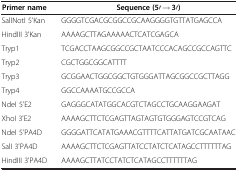
| Primer name | Sequence (5′ → 3′) |
 | --- | --- |
 | SalINotI 5'Kan | GGGGTCGACGCGGCCGCAAGGGGTGTTATGAGCCA |
 | HindIII 3'Kan | AAAAGCTTAGAAAAACTCATCGAGCA |
 | Tryp1 | TCGACCTAAGCGGCCGCTAATCCCACAGCCGCCAGTTC |
 | Tryp2 | CGCTGGCGGCATTTT |
 | Tryp3 | GCGGAACTGGCGGCTGTGGGATTAGCGGCCGCTTAGG |
 | Tryp4 | GGCCAAAATGCCGCCA |
 | NdeI 5'E2 | GAGGGCATATGGCACGTCTAGCCTGCAAGGAAGAT |
 | XhoI 3'E2 | AAAAGCTTCTCGAGTTAGTAGTGTGGGAGTCCGTCAG |
 | NdeI 5'PA4D | GGGGATTCATATGAAACGTTTTCATTATGATCGCAATAAC |
 | SalI 3'PA4D | AAAAGCTTCTCGAGTTATCCTATCTCATAGCCTTTTTTAG |
 | HindIII 3'PA4D | AAAAGCTTATCCTATCTCATAGCCTTTTTTAG |